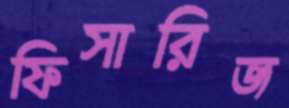
ফিসারিজ